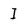
Character: I